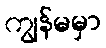
ကျွန်မမှာ